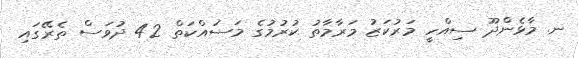
ނ. މާޅެންދޫ ސިއްހީ މަރުކަޒު މަރާމާތު ކުރުމުގެ މަސައްކަތް 42 ދުވަސް ތެރޭގައި